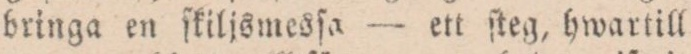
bringa en ſkiljsmesſa — ett ſteg, hwartill